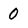
Character: 0